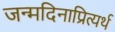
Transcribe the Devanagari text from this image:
जन्मदिनाप्रित्यर्थ